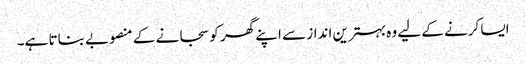
ایسا کرنے کے لیے وہ بہترین انداز سے اپنے گھر کو سجانے کے منصوبے بناتا ہے۔